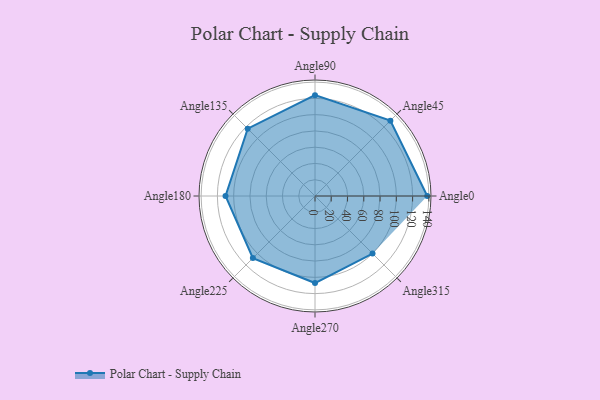
{"axis": {"x": "Angle", "y": "Radius"}, "legend": [""], "data": [{"x": "Angle0", "y": 138.0, "type": ""}, {"x": "Angle45", "y": 131.0, "type": ""}, {"x": "Angle90", "y": 124.0, "type": ""}, {"x": "Angle135", "y": 117.0, "type": ""}, {"x": "Angle180", "y": 110.0, "type": ""}, {"x": "Angle225", "y": 108.0, "type": ""}, {"x": "Angle270", "y": 107.0, "type": ""}, {"x": "Angle315", "y": 100.0, "type": ""}]}